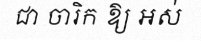
ជា ចារិក ឱ្យ អស់